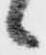
候